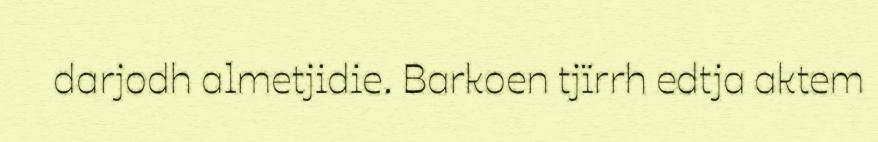
darjodh almetjidie. Barkoen tjïrrh edtja aktem